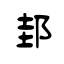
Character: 邽